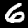
Label: 6